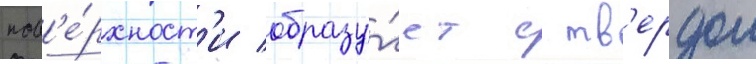
пов'е́рхност'и образу́ет с тв'ердои